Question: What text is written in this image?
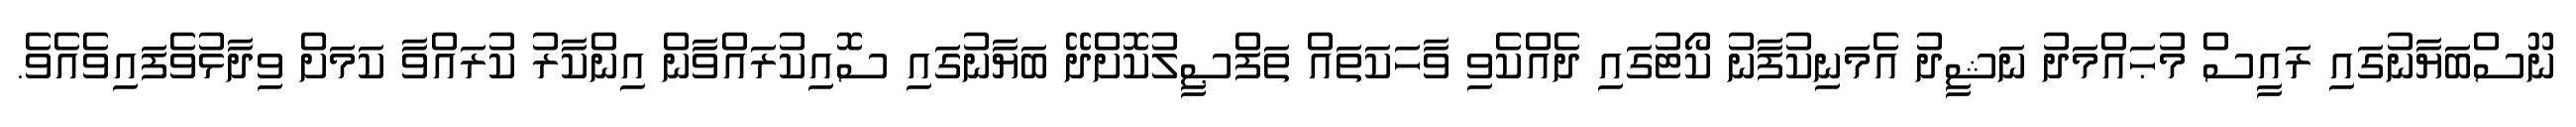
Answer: ނޫސްބަޔާނުގައި ރައީސް މުޙައްމަދު ނަޝީދު އެމަނިކުފާނު ކޯޓުގައި ދެއްކެވި ވާހަކަތައް ތަފްޞީލުކޮށްދޭ ބަޔާނުގައި ސޮއިކުރައްވާން އިންކާރު ކުރައްވާ ކަމަށް ވިދާޅުވެފައިވެއެވެ.